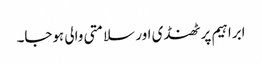
ابراہیم پر ٹھنڈی اور سلامتی والی ہوجا۔